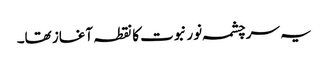
یہ سرچشمہ نور نبوت کا نقطہ آغاز تھا۔